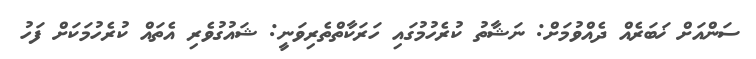
ސަންއަށް ޚަބަރެއް ދެއްވުމަށް: ނަޝާތު ކުރެހުމުގައި ހަރަކާތްތެރިވަނީ: ޝައުގުވެރި އެތައް ކުރެހުމަކަށް ފަހު